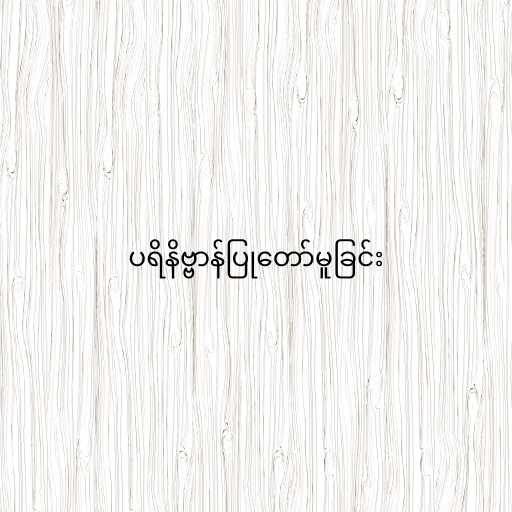
ပရိနိဗ္ဗာန်ပြုတော်မူခြင်း